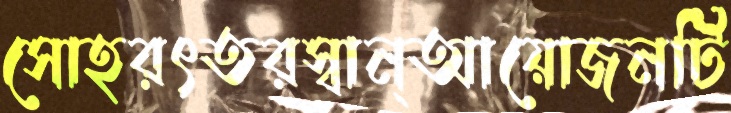
সোহরৎতরস্বান্‌আয়োজনটি